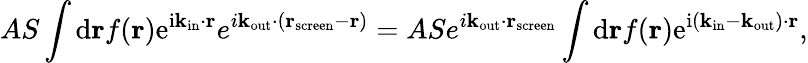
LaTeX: AS\int\mathrm{d}\mathbf{r}f(\mathbf{r})\mathrm{e}^{\mathrm{i}\mathbf{k}_{\mathrm{in}}\cdot\mathbf{r}}e^{i\mathbf{k}_{\mathrm{out}}\cdot\left(\mathbf{r}_{\mathrm{screen}}-\mathbf{r}\right)}=ASe^{i\mathbf{k}_{\mathrm{out}}\cdot\mathbf{r}_{\mathrm{screen}}}\int\mathrm{d}\mathbf{r}f(\mathbf{r})\mathrm{e}^{\mathrm{i}\left(\mathbf{k}_{\mathrm{in}}-\mathbf{k}_{\mathrm{out}}\right)\cdot\mathbf{r}},